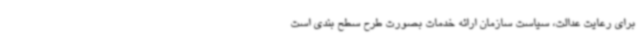
برای رعایت عدالت، سیاست سازمان ارائه خدمات بصورت ‌طرح سطح بندی است